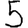
Digit: 5